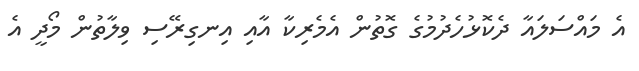
އެ މައްސަލައާ ދެކޮޅުހެދުމުގެ ގޮތުން އެމެރިކާ އާއި އިނގިރޭސި ވިލާތުން މޯދީ އެ